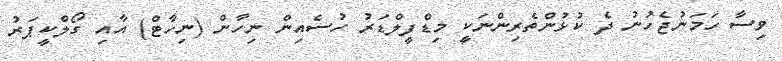
ވިސާ ހަމަނުޖެހުނު ދެ ކުޅުންތެރިންނަކީ މިޑްފީލްޑަރު ހުސެއިން ނިހާން (ނިހާޓް) އާއި ގޯލްކީޕަރު